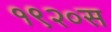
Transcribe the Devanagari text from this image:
१९२०स